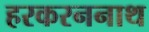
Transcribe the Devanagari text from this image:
हरकरननाथ